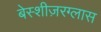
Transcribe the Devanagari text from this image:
बेस्शीज़रग्लास